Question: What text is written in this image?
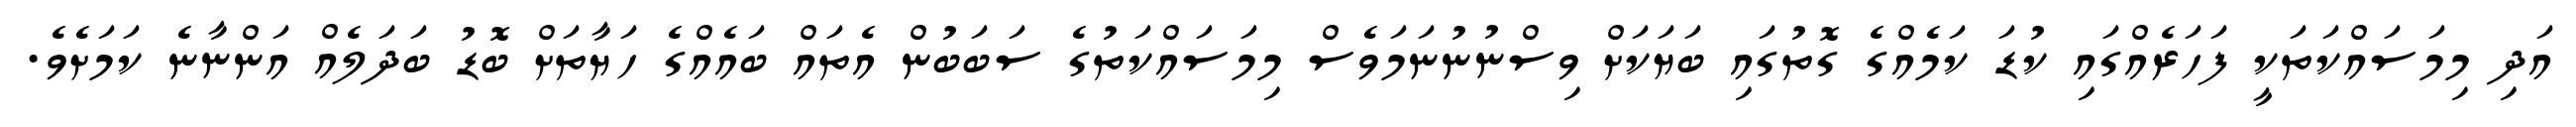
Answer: އަދި މިމަސައްކަތަކީ ފަހަރެއްގައި ކުޑަ ކަމެއްގެ ގޮތުގައި ބަޔަކަށް ވިސްނުނުނަމަވެސް މިމަސައްކަތުގެ ސަބަބުން އެތައް ބައެއްގެ ހަޔާތަށް ބޮޑު ބަދަލެއް އަންނާނެ ކަމަށެވެ.